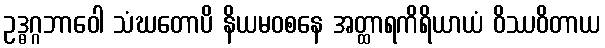
ဥဒ္ဓဂ္ဂဘာဝေါ သံဃတောပိ နိယမဝစနေ အတ္ထာရကိရိယာယံ ဝိဿဝိတာယ